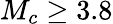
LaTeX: M_{c}\ge 3.8